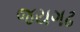
જયગઢ